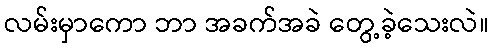
လမ်းမှာကော ဘာ အခက်အခဲ တွေ့ခဲ့သေးလဲ။